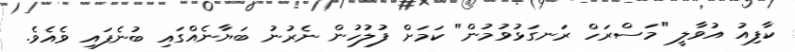
ކާފިއު އުވާލީ "މަސްރަހް ރަނގަޅުވުމުން" ކަމަށް ފުލުހުން ނެރުނު ބަޔާނެއްގައި ބުނެފައި ވެއެވެ.